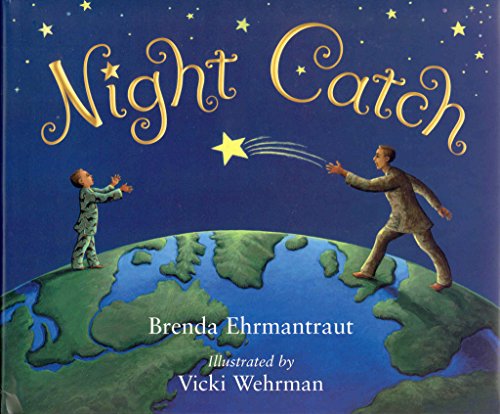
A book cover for Night Catch; Brenda Ehrmantraut; Teen & Young Adult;